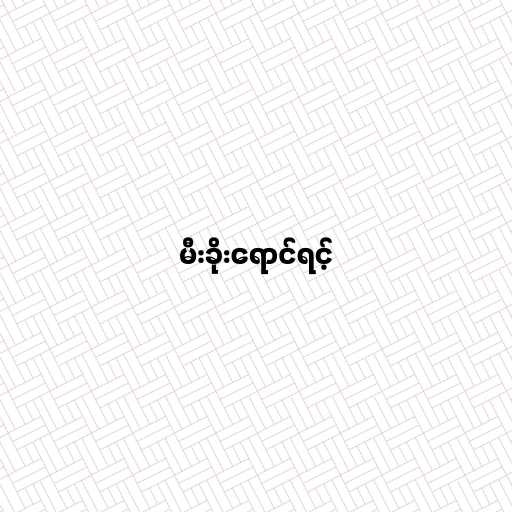
မီးခိုးရောင်ရင့်